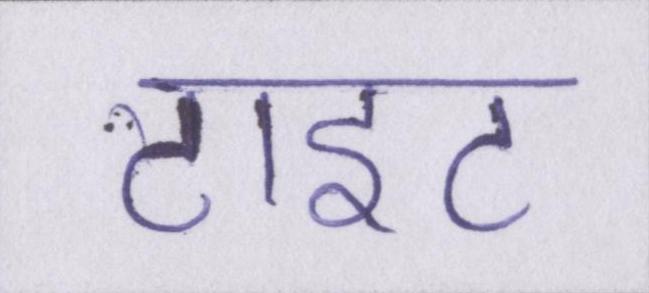
टाइट